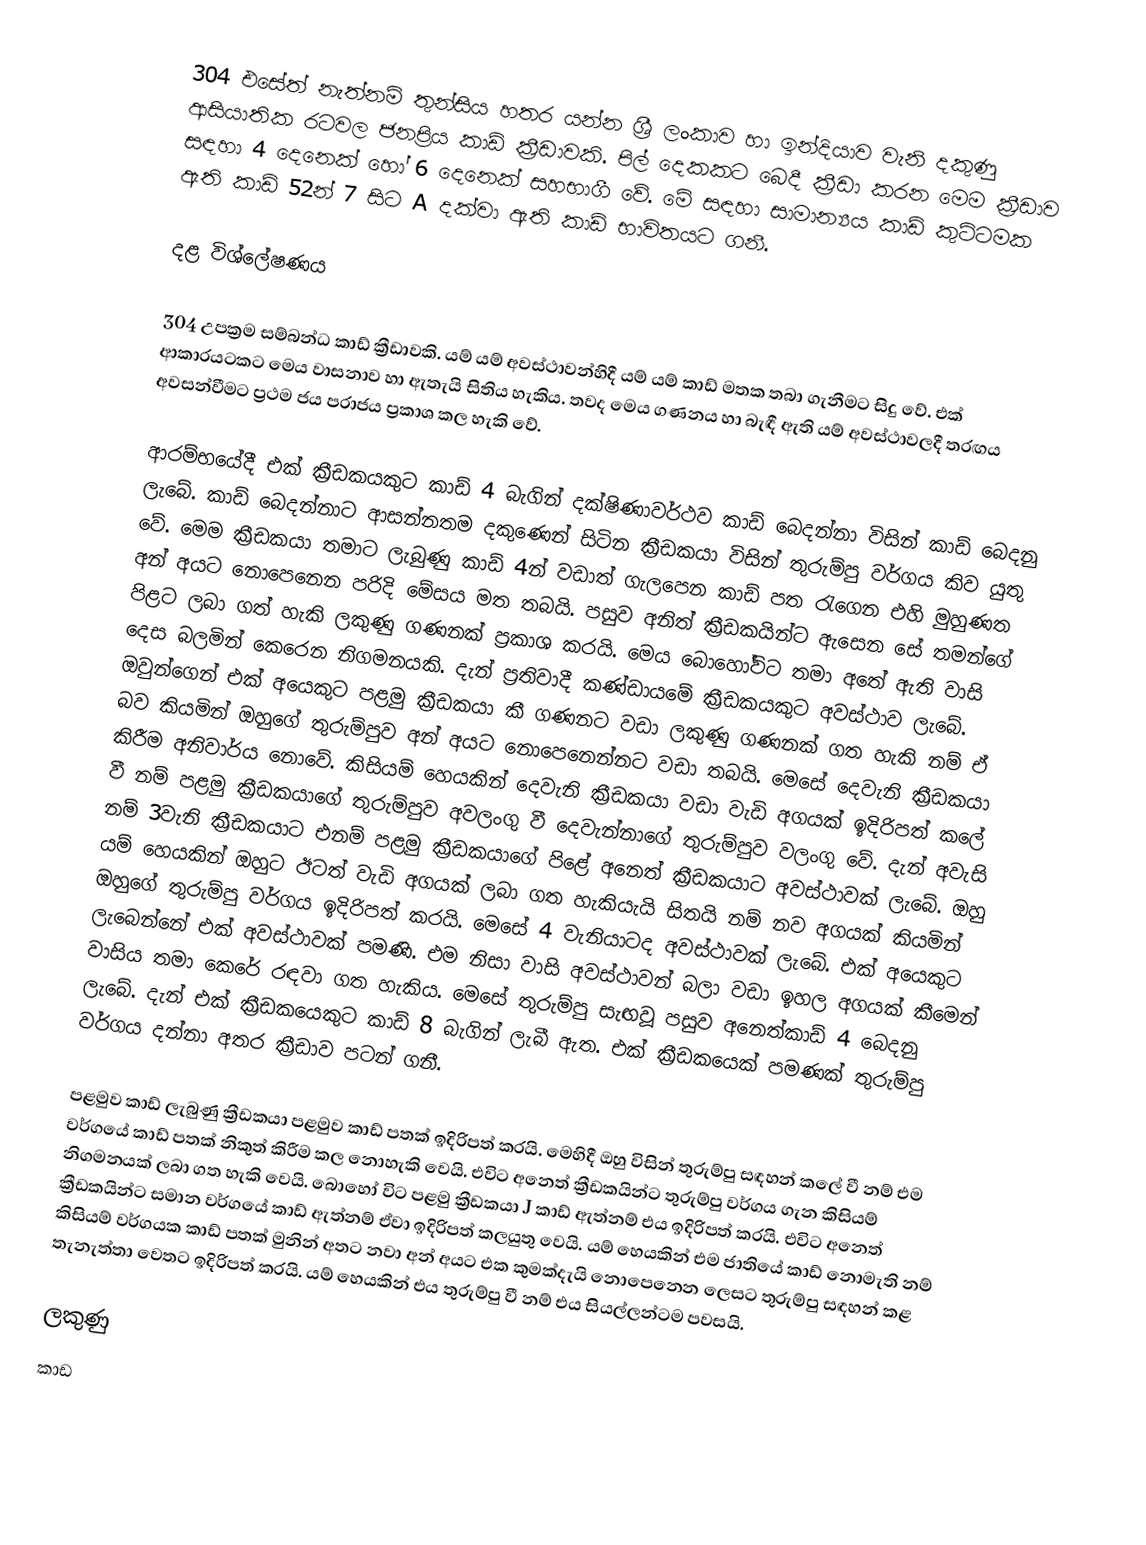
304 එසේත් නැත්නම් තුන්සිය හතර යන්න ශ්‍රී ලංකාව හා ඉන්දියාව වැනි දකුණු ආසියාතික රටවල ජනප්‍රිය කාඩ් ක්‍රීඩාවකි. පිල් දෙකකට බෙදී ක්‍රීඩා කරන මෙම ක්‍රීඩාව සඳහා 4 දෙනෙක් හෝ 6 දෙනෙක් සහභාගී වේ. මේ සඳහා සාමාන්‍යය කාඩ් කුට්ටමක ඇති කාඩ් 52න් 7 සිට A දක්වා ඇති කාඩ් භාවිතයට  ගනී.

දළ විශ්ලේෂණය

304 උපක්‍රම සම්බන්ධ කාඩ් ක්‍රීඩාවකි. යම් යම් අවස්ථාවන්හිදී යම් යම් කාඩ් මතක තබා ගැනීමට සිදු වේ. එක් ආකාරයටකට මෙය වාසනාව හා ඇතැයි සිතිය හැකිය. තවද මෙය ගණනය හා බැඳී ඇති යම් අවස්ථාවලදී තරඟය අවසන්වීමට ප්‍රථම ජය පරාජය ප්‍රකාශ කල හැකි වේ.

ආරම්භයේදී එක් ක්‍රීඩකයකුට කාඩ් 4 බැගින් දක්ෂිණාවර්ථව කාඩ් බෙදන්නා විසින් කාඩ් බෙදනු ලැබේ. කාඩ් බෙදන්නාට ආසන්නතම දකුණෙන් සිටින ක්‍රීඩකයා විසින් තුරුම්පු වර්ගය කිව යුතු වේ. මෙම ක්‍රීඩකයා තමාට ලැබුණු කාඩ් 4න් වඩාත් ගැලපෙන කාඩ් පත රැගෙන එහි මුහුණත අන් අයට නොපෙනෙන පරිදි මේසය මත තබයි. පසුව අනිත් ක්‍රීඩකයින්ට ඇසෙන සේ තමන්ගේ පිළට ලබා ගත් හැකි ලකුණු ගණනක් ප්‍රකාශ කරයි. මෙය බොහෝවිට තමා අතේ ඇති වාසි දෙස බලමින් කෙරෙන නිගමනයකි. දැන් ප්‍රතිවාදී කණ්ඩායමේ ක්‍රීඩකයකුට අවස්ථාව ලැබේ. ඔවුන්ගෙන් එක් අයෙකුට පළමු ක්‍රීඩකයා කී ගණනට වඩා ලකුණු ගණනක් ගත හැකි නම් ඒ බව කියමින් ඔහුගේ තුරුම්පුව අන් අයට නොපෙනෙන්නට වඩා තබයි. මෙසේ දෙවැනි ක්‍රීඩකයා කිරීම අනිවාර්ය නොවේ. කිසියම් හෙයකින් දෙවැනි ක්‍රීඩකයා වඩා වැඩි අගයක් ඉදිරිපත් කලේ වී නම් පළමු ක්‍රීඩකයාගේ තුරුම්පුව අවලංගු වී දෙවැන්නාගේ තුරුම්පුව වලංගු වේ. දැන් අවැසි නම් 3වැනි ක්‍රීඩකයාට එනම් පළමු ක්‍රීඩකයාගේ පිළේ අනෙත් ක්‍රීඩකයාට අවස්ථාවක් ලැබේ. ඔහු යම් හෙයකින් ඔහුට ඊටත් වැඩි අගයක් ලබා ගත හැකියැයි සිතයි නම් නව අගයක් කියමින් ඔහුගේ තුරුම්පු වර්ගය ඉදිරිපත් කරයි. මෙසේ 4 වැනියාටද අවස්ථාවක් ලැබේ. එක් අයෙකුට ලැබෙන්නේ එක් අවස්ථාවක් පමණි. එම නිසා වාසි අවස්ථාවන් බලා වඩා ඉහල අගයක් කීමෙන් වාසිය තමා කෙරේ රඳවා ගත හැකිය. මෙසේ තුරුම්පු සැඟවූ පසුව අනෙත්කාඩ් 4 බෙදනු ලැබේ. දැන් එක් ක්‍රීඩකයෙකුට කාඩ් 8 බැගින් ලැබී ඇත. එක් ක්‍රීඩකයෙක් පමණක් තුරුම්පු වර්ගය දන්නා අතර ක්‍රීඩාව පටන් ගනී.

පළමුව කාඩ් ලැබුණු ක්‍රීඩකයා පළමුව කාඩ් පතක් ඉදිරිපත් කරයි. මෙහිදී ඔහු විසින් තුරුම්පු සඳහන් කලේ වී නම් එම වර්ගයේ කාඩ් පතක් නිකුත් කිරීම කල නොහැකි වෙයි. එවිට අනෙත් ක්‍රීඩකයින්ට තුරුම්පු වර්ගය ගැන කිසියම් නිගමනයක් ලබා ගත හැකි වෙයි. බොහෝ විට පළමු ක්‍රීඩකයා J කාඩ් ඇත්නම් එය ඉදිරිපත් කරයි. එවිට අනෙත් ක්‍රීඩකයින්ට සමාන වර්ගයේ කාඩ් ඇත්නම් ඒවා ඉදිරිපත් කලයුතු වෙයි. යම් හෙයකින් එම ජාතියේ කාඩ් නොමැති නම් කිසියම් වර්ගයක කාඩ් පතක් මුනින් අතට නවා අන් අයට එක කුමක්දැයි නොපෙනෙන ලෙසට තුරුම්පු සඳහන් කළ තැනැත්තා වෙතට ඉදිරිපත් කරයි. යම් හෙයකින් එය තුරුම්පු වී නම් එය සියල්ලන්ටම පවසයි.

ලකුණු
කාඩ